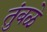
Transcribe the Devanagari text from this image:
तुंबळे